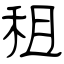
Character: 租